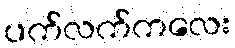
ပက်လက်ကလေး